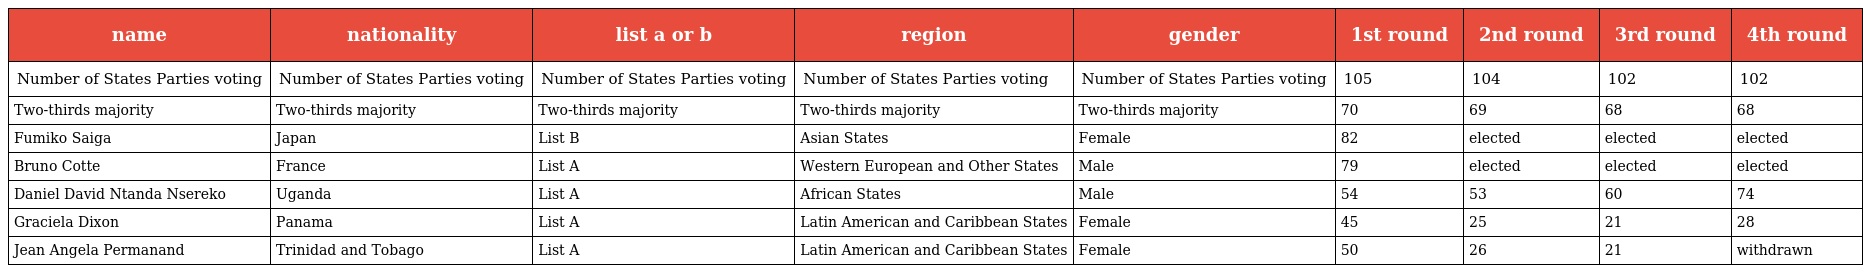
| name | nationality | list a or b | region | gender | 1st round | 2nd round | 3rd round | 4th round |
 | --- | --- | --- | --- | --- | --- | --- | --- | --- |
 | Number of States Parties voting | Number of States Parties voting | Number of States Parties voting | Number of States Parties voting | Number of States Parties voting | 105 | 104 | 102 | 102 |
 | Two-thirds majority | Two-thirds majority | Two-thirds majority | Two-thirds majority | Two-thirds majority | 70 | 69 | 68 | 68 |
 | Fumiko Saiga | Japan | List B | Asian States | Female | 82 | elected | elected | elected |
 | Bruno Cotte | France | List A | Western European and Other States | Male | 79 | elected | elected | elected |
 | Daniel David Ntanda Nsereko | Uganda | List A | African States | Male | 54 | 53 | 60 | 74 |
 | Graciela Dixon | Panama | List A | Latin American and Caribbean States | Female | 45 | 25 | 21 | 28 |
 | Jean Angela Permanand | Trinidad and Tobago | List A | Latin American and Caribbean States | Female | 50 | 26 | 21 | withdrawn |